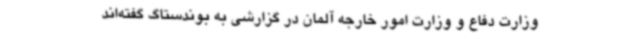
وزارت دفاع و وزارت امور خارجه آلمان در گزارشی به بوندستاگ گفته‌اند